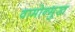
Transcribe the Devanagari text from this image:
वामोन्मुख